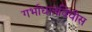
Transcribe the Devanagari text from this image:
गर्भाधानविधीस